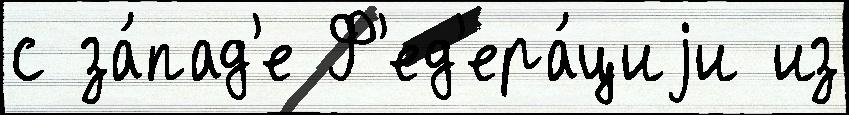
с за́пад'е Ф'ед'ера́циjи из